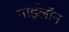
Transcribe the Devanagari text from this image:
नाईलॉन